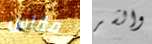
مقاس والشر